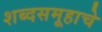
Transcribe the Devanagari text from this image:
शब्दसमूहाचे